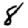
Digit: 8